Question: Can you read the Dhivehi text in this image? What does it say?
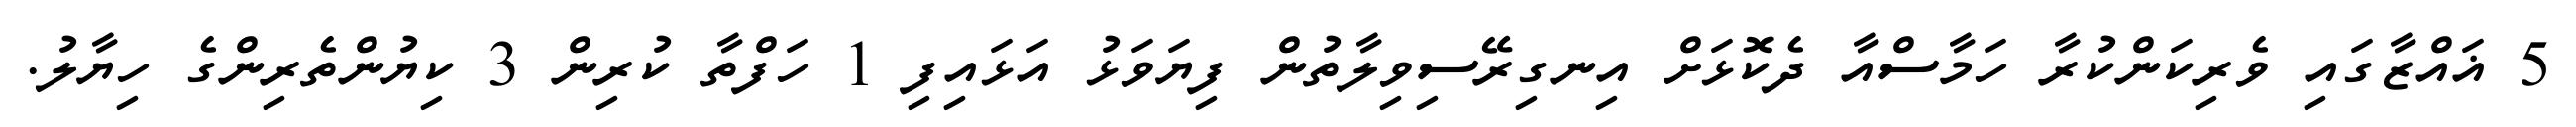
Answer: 5 ޣައްޒާގައި ވެރިކަންކުރާ ހަމާސްއާ ދެކޮޅަށް އިނގިރޭސިވިލާތުން ފިޔަވަޅު އަޅައިފި 1 ހަފްތާ ކުރިން 3 ކިޔުންތެރިންގެ ހިޔާލު.